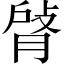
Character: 𦜹